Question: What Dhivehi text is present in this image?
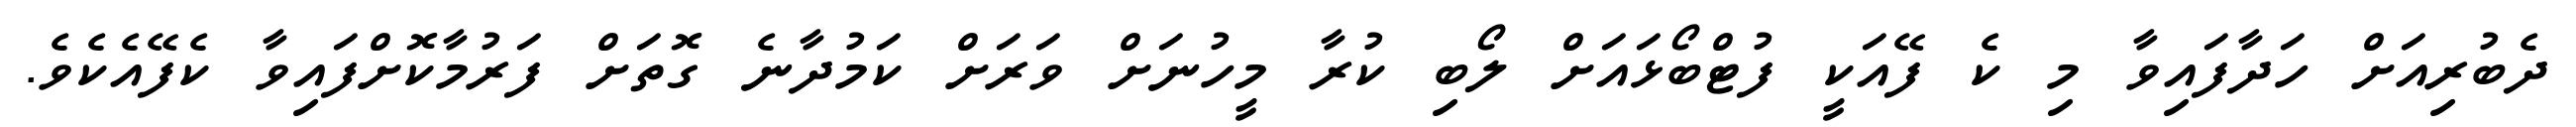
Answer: ދެބުރިއަށް ހަދާފައިވާ މި ކެ ފޭއަކީ ފުޓްބޯޅައަށް ލޯބި ކުރާ މީހުނަށް ވަރަށް ކަމުދާނެ ގޮތަށް ފަރުމާކޮށްފައިވާ ކެފޭއެކެވެ.